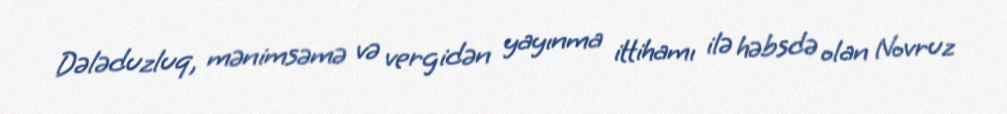
Dələduzluq, mənimsəmə və vergidən yayınma ittihamı ilə həbsdə olan Novruz